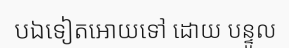
បឯទៀតអោយទៅ ដោយ បន្ទូល